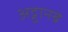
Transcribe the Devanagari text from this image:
अट्ठानबे